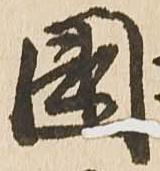
国